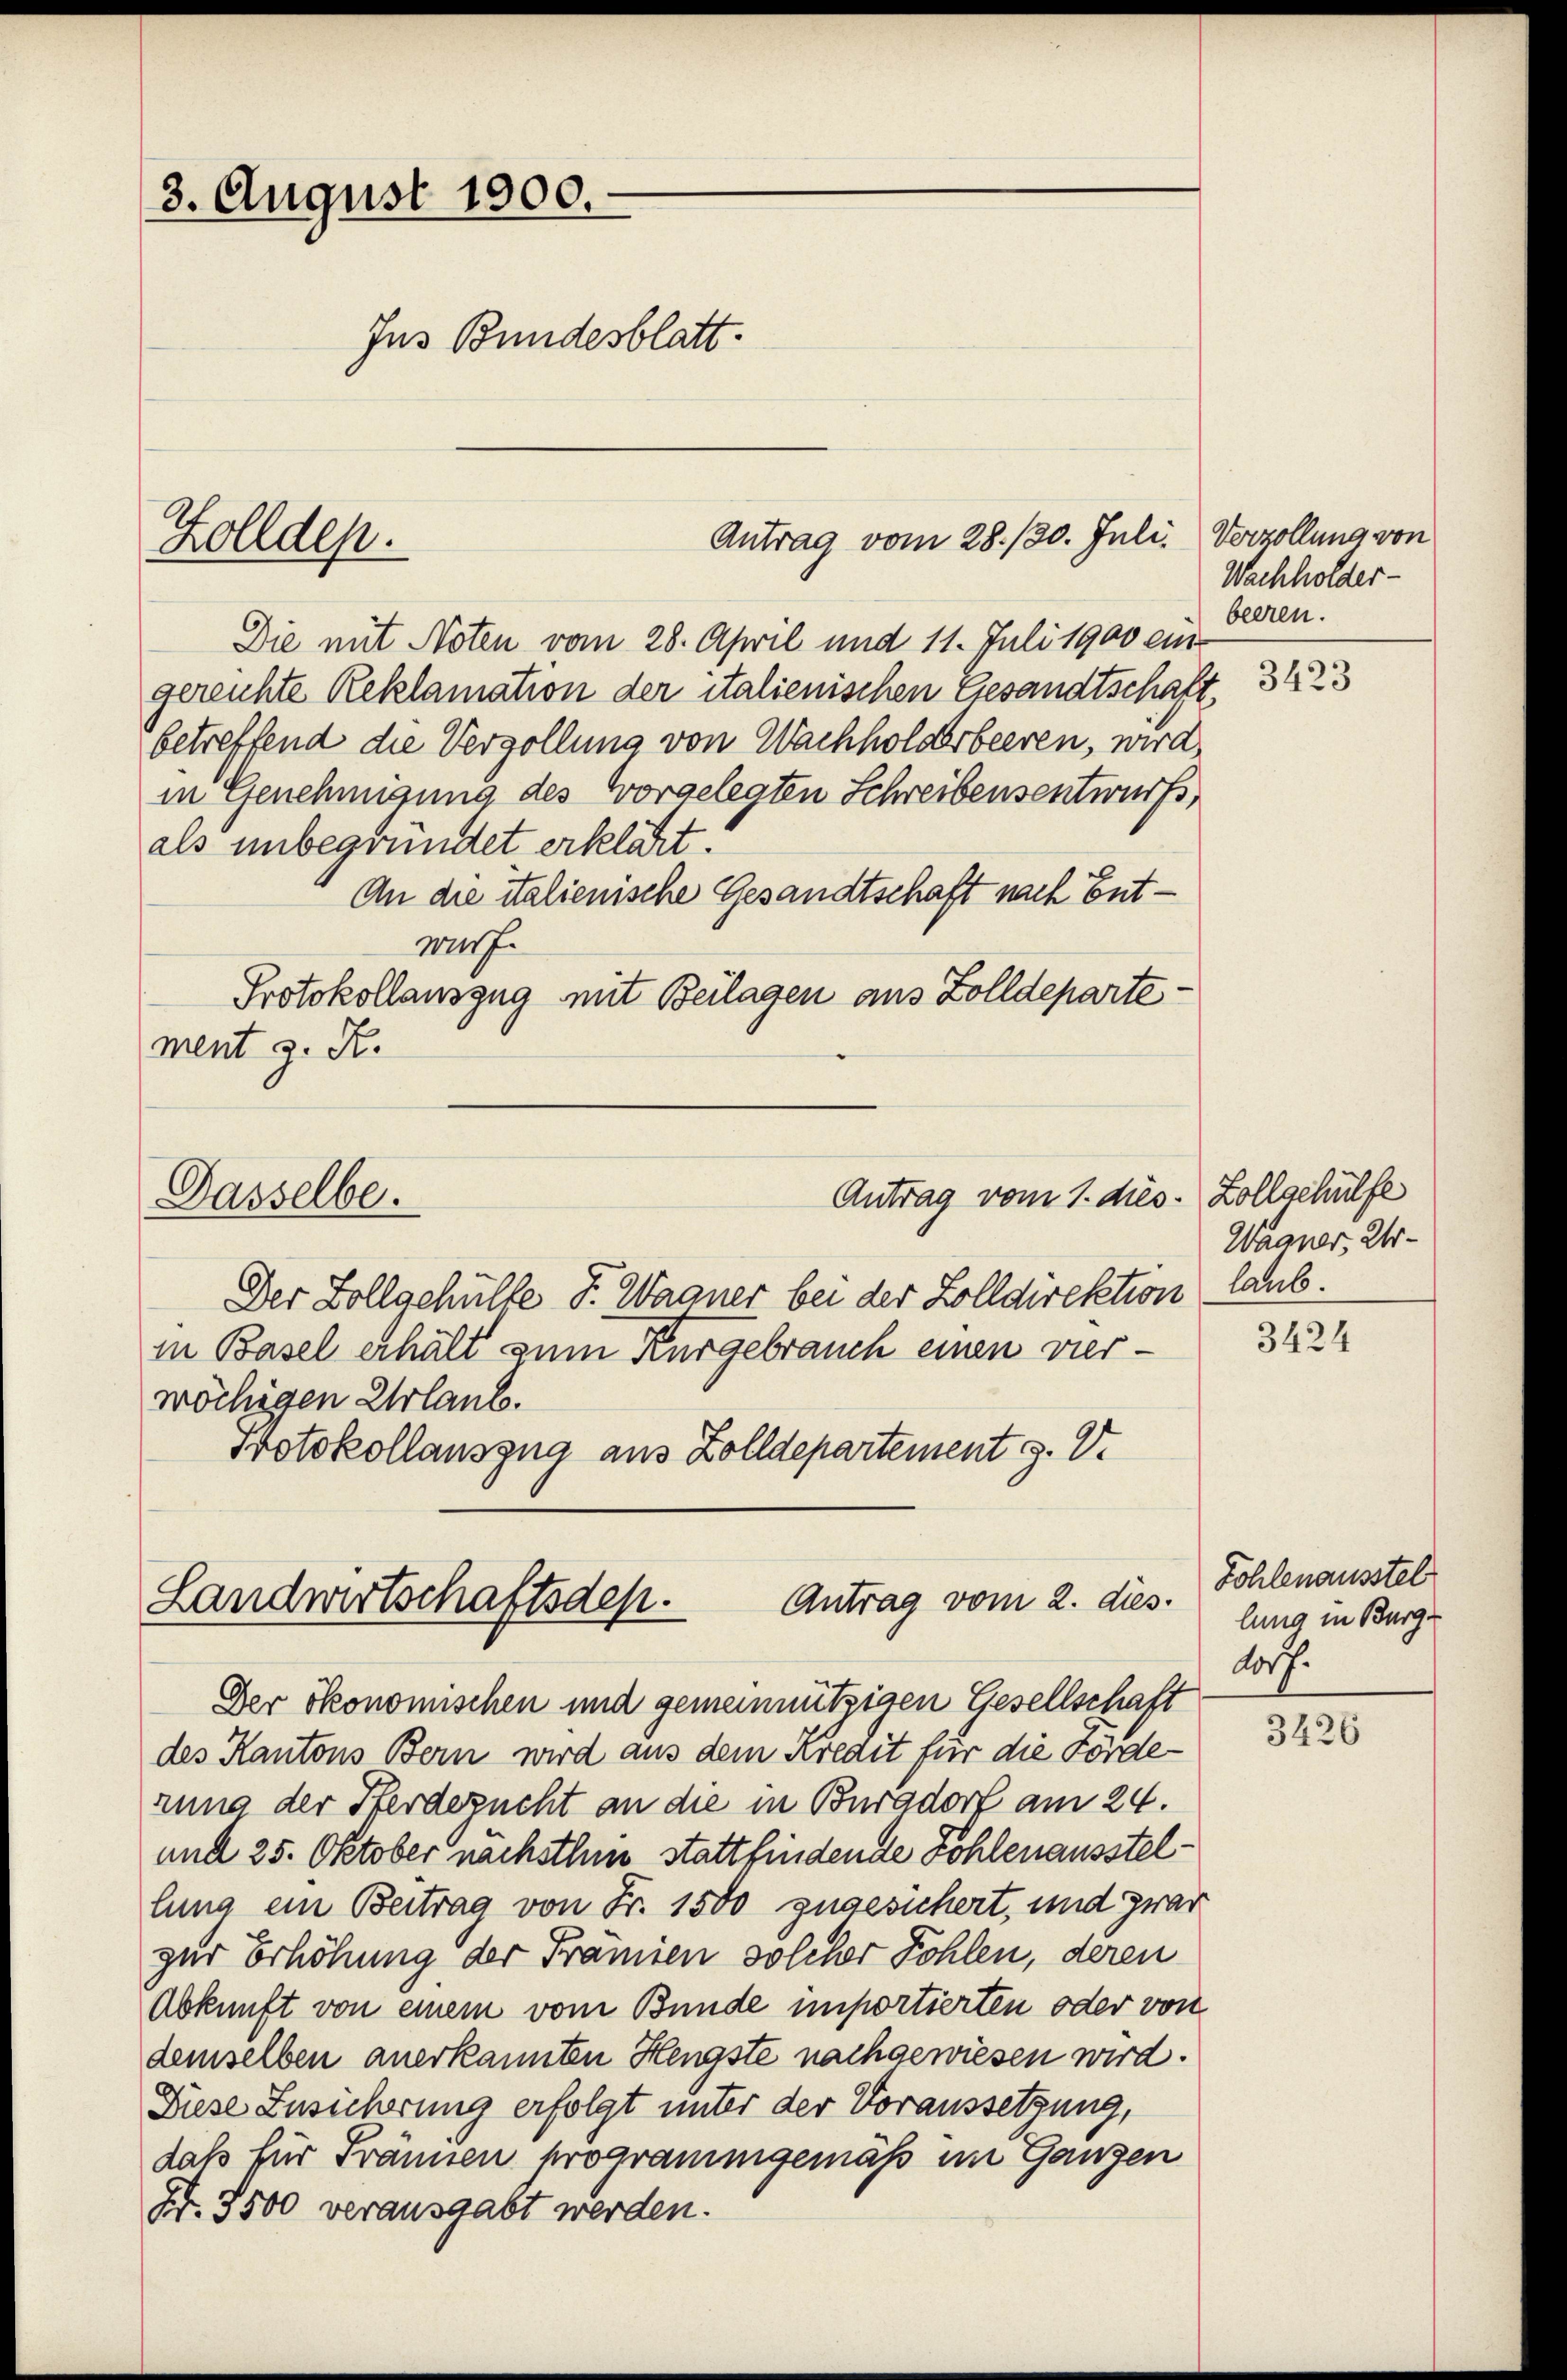
3. August 1900.
Ins Bundesblatt.
Antrag vom 28./30. Juli. Verzollung von

Die mit Noten vom 28. April und 11. Juli 1900 ein
gereichte Reklamation der italienischen Gesandtschaft,
betreffend die Vergollung von Wachholderbeeren, wird
in Genehmigung des Vorgelegten Schreibensentwurfs,
als unbegründet erklärt:
An die italienische Gesandtschaft nach Entwurf.
Protokollauszug mit Beilagen aus Zolldepartement z. K.

Kolldep.

Antrag vom 1. dies. Zollgehülfe
Dasselbe.

Antrag vom 2. dies
Landwirtschaftsdep
Der ökonomischen und gemeinnützigen Gesellschaft

Der Zollgehülfe J. Wagner bei der Zolldirektion
in Basel erhält zum Kurgebrauch einen vierwöchigen Urlaub.
Protokollauszug aus Zolldepartement s. V.

des Kantons Bern wird aus dem Kredit für die Förderung der Herdezucht an die in Burgdorf am 24.
und 25. Oktober nachsthin stattfindente Kohlenausstellung ein Beitrag von Fr. 1500 zugesichert, und zwar
zur Erhöhung der Framien solcher Fohlen, deren
Abkunft von einem vom Bunde importierten oder von
demselben anerkannten Hengste nachgewiesen wird.
Diese Zusicherung erfolgt unter der Voraussetzung,
daß für Frännen programmgemäß im Ganzen
Nr. 3500 verausgabt werden.

Wachholder-
beeren.

3423

Wagner, Urlaub.
3424

Fohlenausstel
lung in Burg.
dorf.

3426